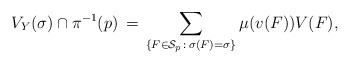
\begin{align*} V_Y(\sigma) \cap \pi^{-1}(p) \, =\, \sum_{\{F\in\mathcal{S}_p\, :\, \sigma(F) = \sigma\}} \mu(v(F)) V(F),\end{align*}